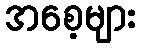
အစေ့များ